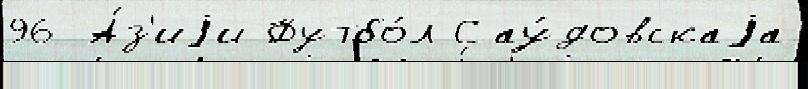
96 А́з'иjи Футбо́л Сау́довскаjа